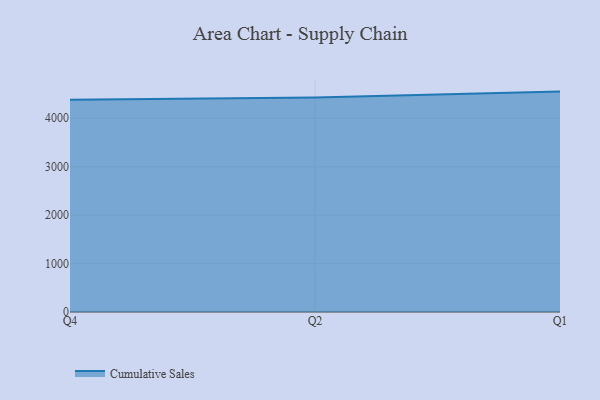
{"axis": {"x": "Quarter", "y": "Churn Rate (%)"}, "legend": ["Cumulative Sales"], "data": [{"x": "Q4", "y": 4383.5, "type": "Cumulative Sales"}, {"x": "Q2", "y": 4429.0, "type": "Cumulative Sales"}, {"x": "Q1", "y": 4550.4, "type": "Cumulative Sales"}]}